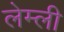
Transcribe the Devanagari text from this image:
लेम्ली